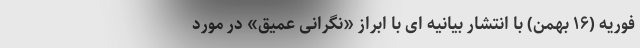
فوریه (۱۶ بهمن) با انتشار بیانیه ای با ابراز «نگرانی عمیق» در مورد